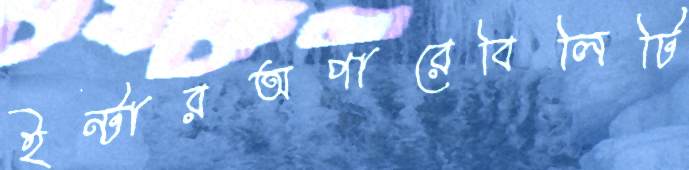
ইন্টারঅপারেবিলিটি